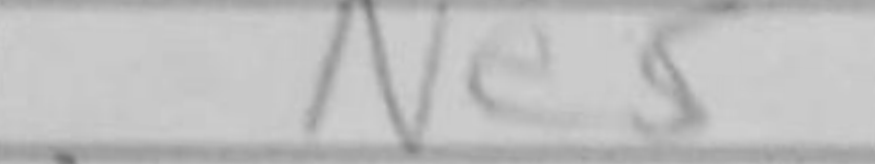
Transcription: Ne5